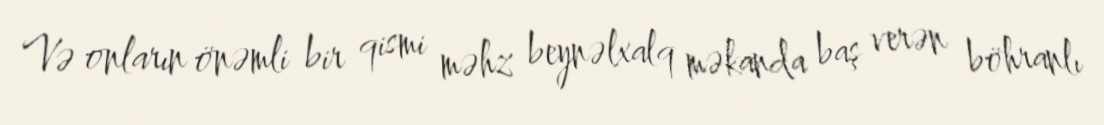
Və onların önəmli bir qismi məhz beynəlxalq məkanda baş verən böhranlı